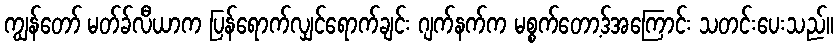
ကျွန်တော် မတ်ခ်လီယာက ပြန်ရောက်လျှင်ရောက်ချင်း ဂျက်နက်က မစ္စက်တော့ဒ်အကြောင်း သတင်းပေးသည်။